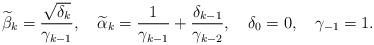
LaTeX: \begin{align*}\widetilde{\beta}_{k}=\frac{\sqrt{\delta_{k}}}{\gamma_{k-1}},\quad\widetilde{\alpha}_{k}=\frac{1}{\gamma_{k-1}}+\frac{\delta_{k-1}}{\gamma_{k-2}},\quad\delta_{0}=0,\quad\gamma_{-1}=1.\end{align*}